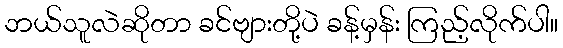
ဘယ်သူလဲဆိုတာ ခင်ဗျားတို့ပဲ ခန့်မှန်း ကြည့်လိုက်ပါ။